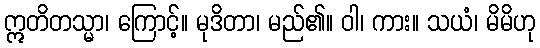
ဣတိတသ္မာ၊ ကြောင့်။ မုဒိတာ၊ မည်၏။ ဝါ၊ ကား။ သယံ၊ မိမိဟု